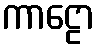
ကာဠော